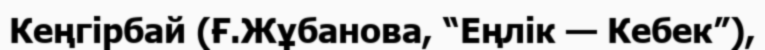
Кеңгірбай (Ғ.Жұбанова, “Еңлік — Кебек”),